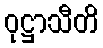
ဝုဋ္ဌာသီတိ